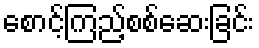
စောင့်ကြည့်စစ်ဆေးခြင်း